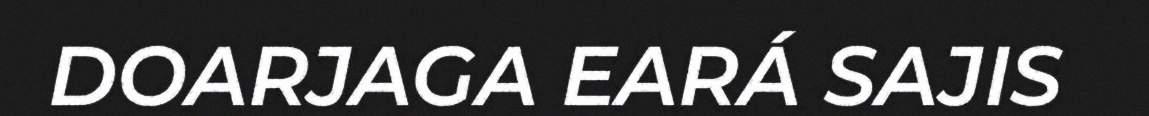
DOARJAGA EARÁ SAJIS